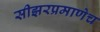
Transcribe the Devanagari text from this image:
सीझरप्रमाणेच